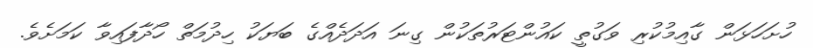
ހުށަހަޅަން ގާއިމުކުރި ވަގުތީ ކައުންޓަރުތަކުން ގިނަ އަދަދެއްގެ ބަޔަކު ހިދުމަތް ހޯދާފައިވާ ކަމަށެވެ.